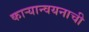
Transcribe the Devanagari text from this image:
काऱ्यान्वयनाची